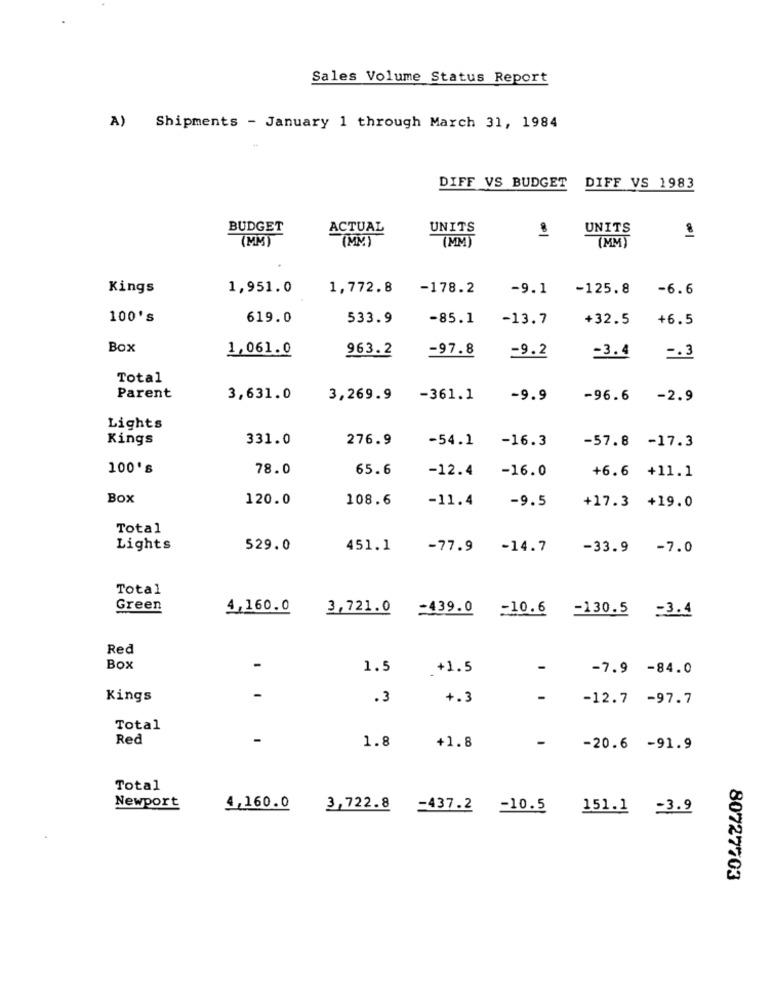
Sales Volume Status Report
A) Shipments - January 1 through March 31, 1984
DIFF VS BUDGET DIFF VS 1983
BUDGET
ACTUAL
UNITS
UNITS
(MM)
(MM)
(MM)
(MM)
Kings
1,951.0
1,772.8
-178.2
-9.1
-125.8
-6.6
100's
619.0
533.9
-85.1
-13.7
+32.5
+6.5
Box
1,061.0
963.2
-97.8
=9.2
-3.4
-. 3
Total
Parent
3,631.0
3,269.9
-361.1
-9.9
-96.6
-2.9
Lights
Kings
331.0
276.9
-54.1
-16.3
-57.8 -17.3
100's
78.0
65.6
-12.4
-16.0
+6.6 +11.1
Box
120.0
108.6
-11.4
-9.5
+17.3 +19.0
Total
Lights
529.0
451.1
-77.9 -14.7
-33.9 -7.0
Total
Green
4,160.0
3,721.0 -439.0 -10.6 -130.5 -3.4
Red
Box
1.5
+1.5
-
-7.9 -84.0
Kings
-
.3
+.3
-12.7 -97.7
Total
Red
-
-
1.8
+1.8
-20.6 -91.9
Total
Newport
4,160.0
3,722.8 -437.2 -10.5 151.1 -3.9
80727703